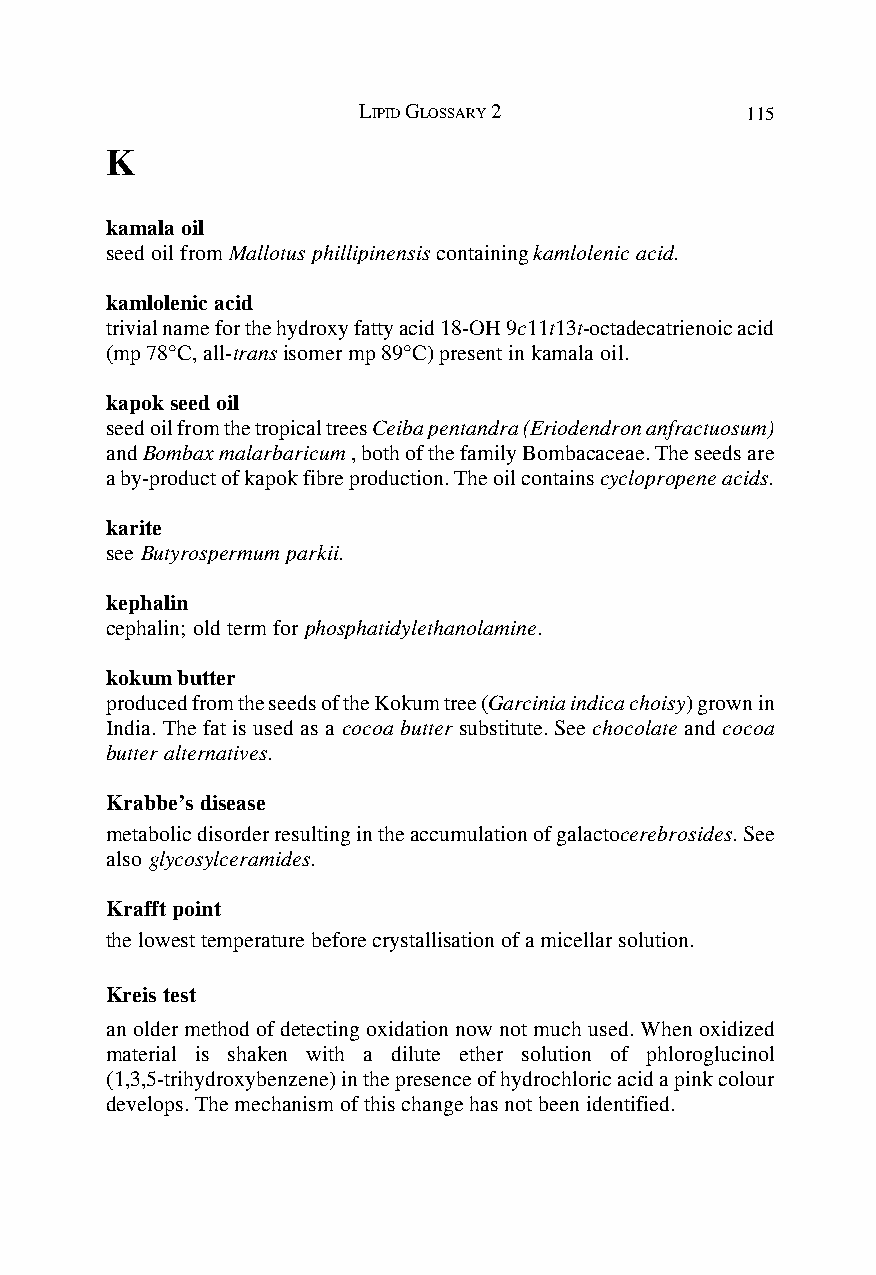
LIPID GLOSSARY 2         115
 K
 kamala oil
 seed oil from Mallotus phillipinensis containing kamlolenic acid.
 kamlolenic acid
 trivial name for the hydroxy fatty acid 18-OH 9c11t13t-octadecatrienoic acid
 (mp 78°C, all-trans isomer mp 89°C) present in kamala oil.
 kapok seed oil
 seed oil from the tropical trees Ceiba pentandra (Eriodendron anfractuosum)
 and Bombax malarbaricum , both of the family Bombacaceae. The seeds are
 a by-product of kapok fibre production. The oil contains cyclopropene acids.
 karite
 see Butyrospermum parkii.
 kephalin
 cephalin; old term for phosphatidylethanolamine.
 kokum butter
 produced from the seeds of the Kokum tree (Garcinia indica choisy) grown in
 India. The fat is used as a cocoa butter substitute. See chocolate and cocoa
 butter alternatives.
 Krabbe’s disease
 metabolic disorder resulting in the accumulation of galactocerebrosides. See
 also glycosylceramides.
 Krafft point
 the lowest temperature before crystallisation of a micellar solution.
 Kreis test
 an older method of detecting oxidation now not much used. When oxidized
 material is shaken with a dilute ether solution of phloroglucinol
 (1,3,5-trihydroxybenzene) in the presence of hydrochloric acid a pink colour
 develops. The mechanism of this change has not been identified.